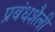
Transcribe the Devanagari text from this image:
प्रबंधशैली